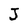
Character: J